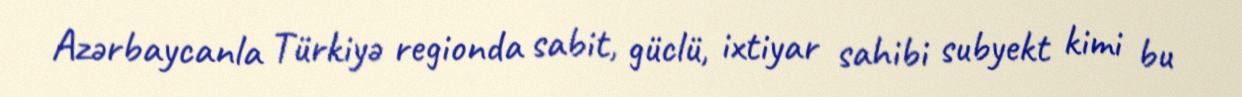
Azərbaycanla Türkiyə regionda sabit, güclü, ixtiyar sahibi subyekt kimi bu